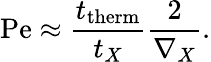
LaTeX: \mathrm{Pe}\approx{\frac{t_{\mathrm{therm}}}{t_{X}}}{\frac{2}{\nabla_{X}}}.